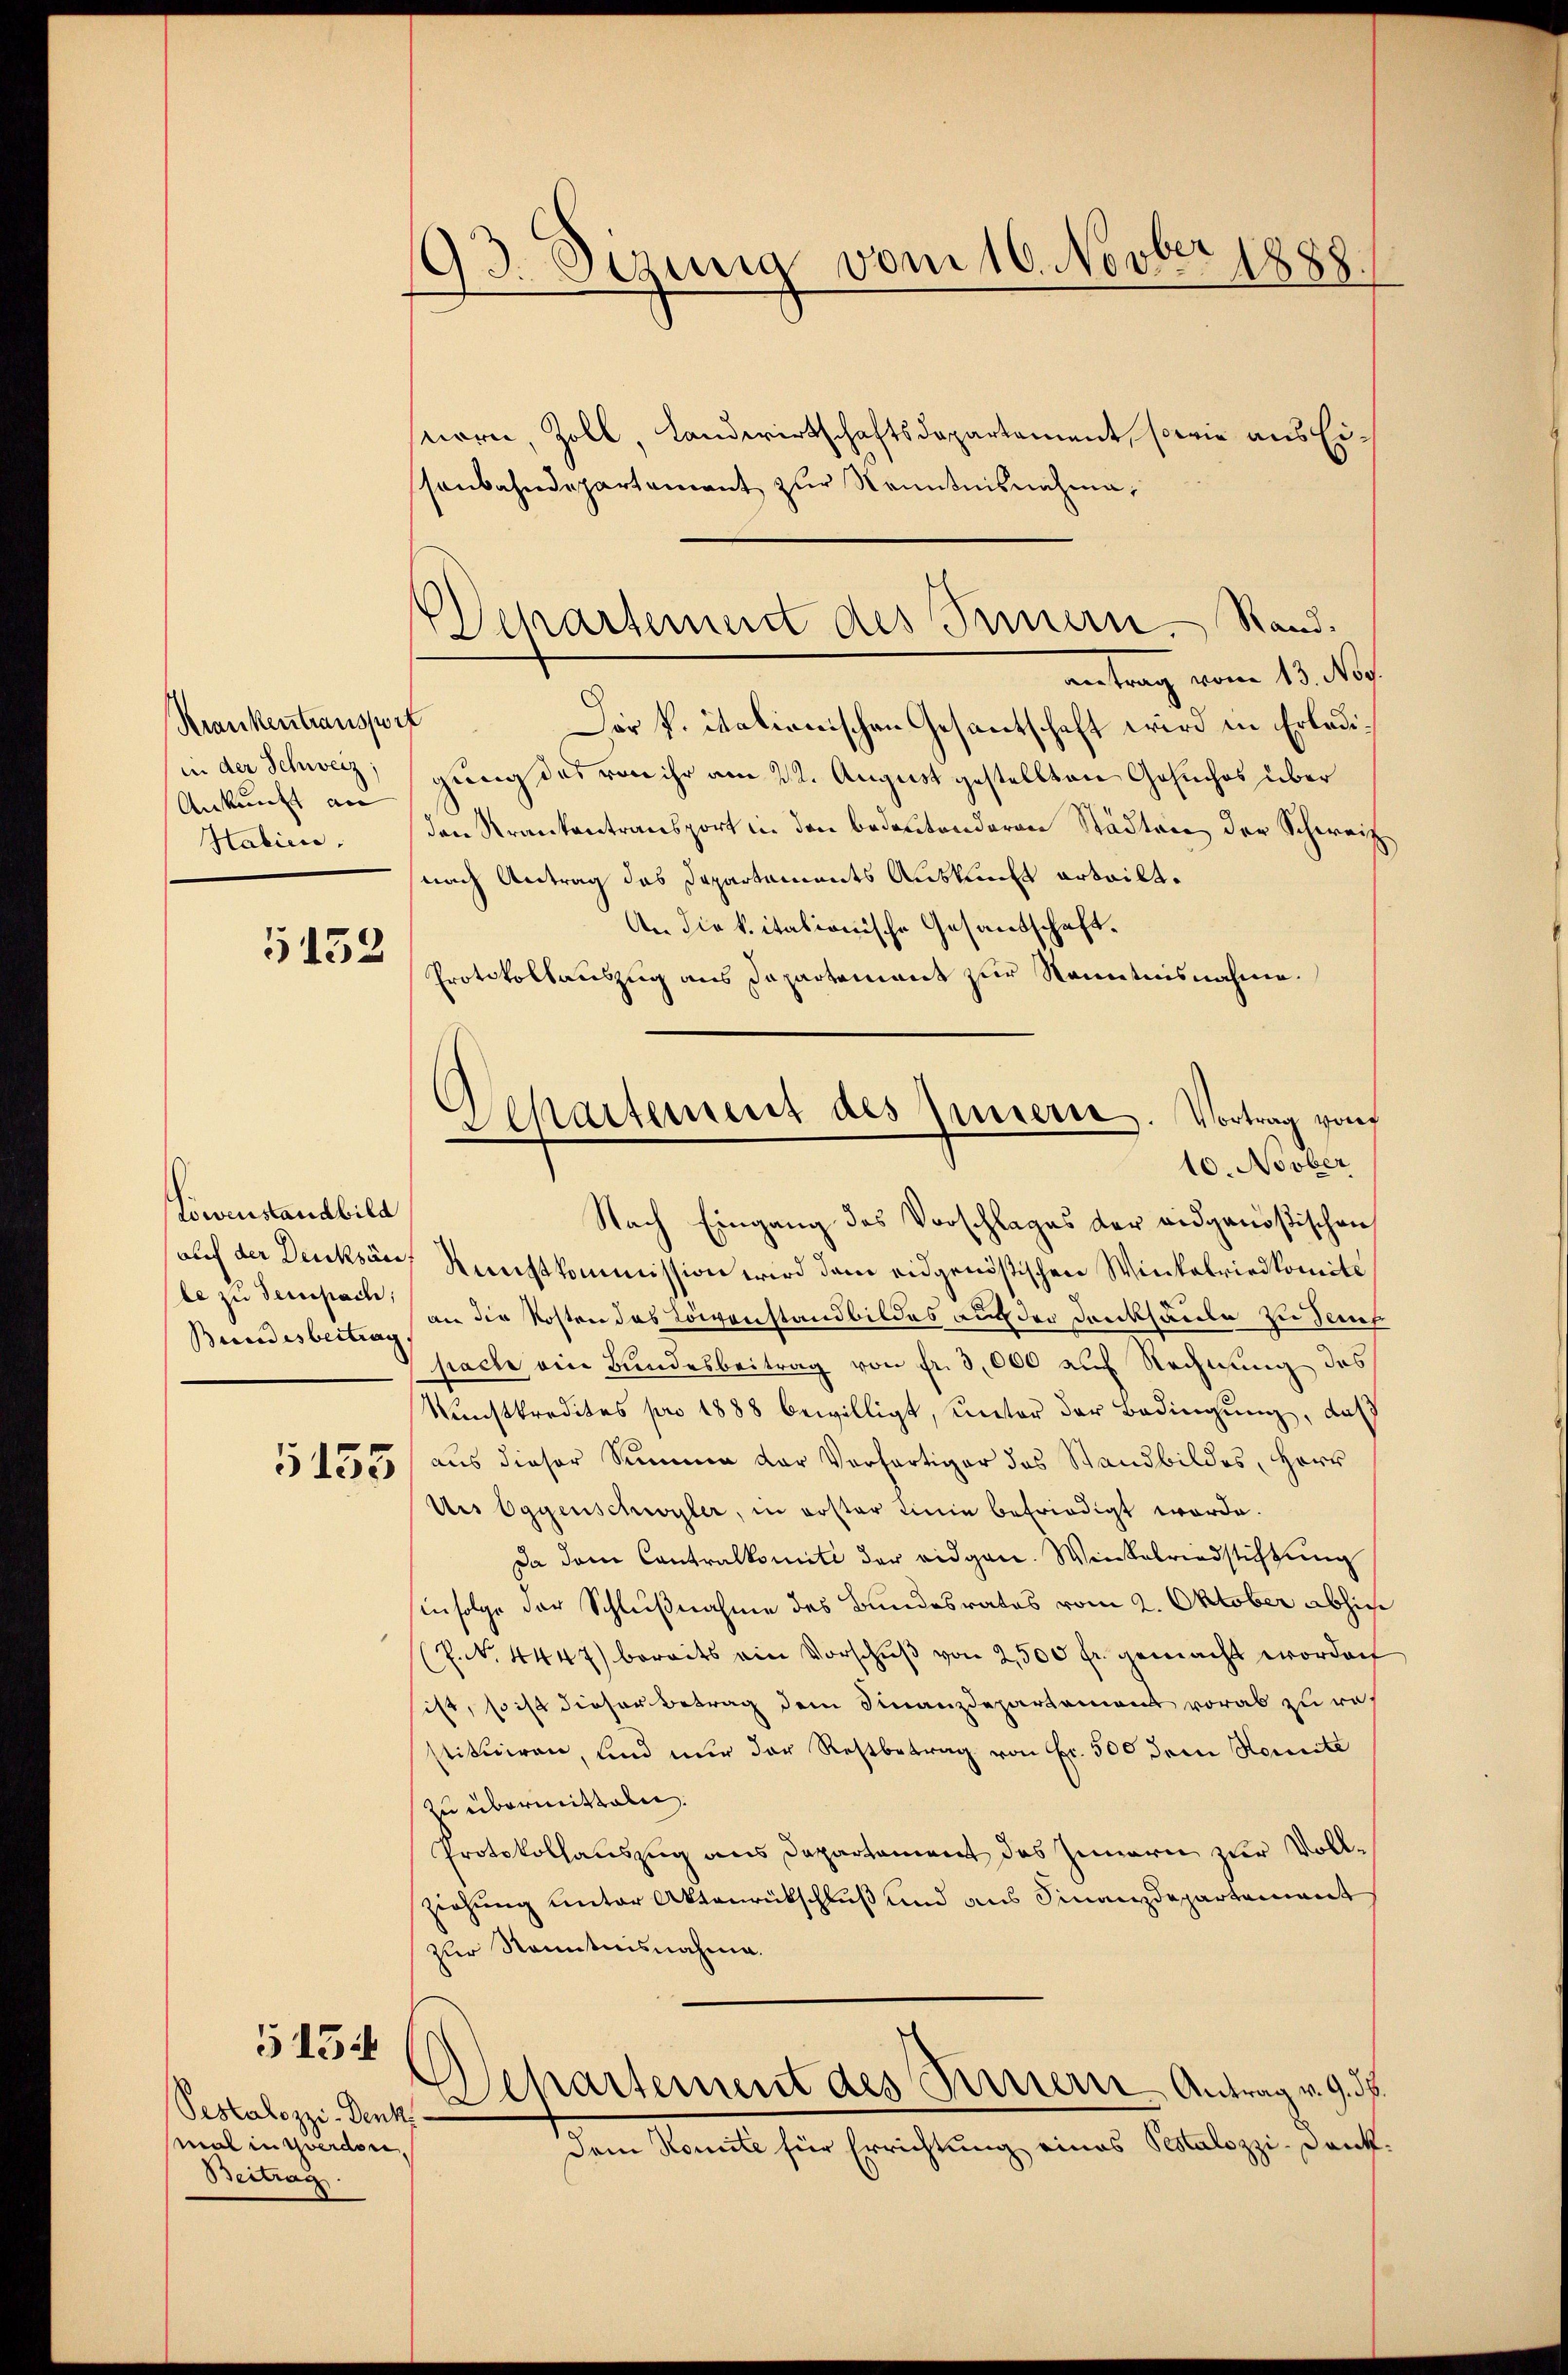
Krankentranspor
in der Schweiz,
Ankunft an
Habien.

5152

Löwenstandbild
auf der Denksäu
Bundesbeitrag

5155

5154

Pestalozzi-Denk
mal in werden
Beitrag

193. Sizung vom 16. Novber 1888

Separtement des Innern, Stand.

nern, Zoll, Landwirtschaftsdepartement, sowie aus Eissenbahndepartement zur Kenntnisnahme,
antrag vom 13. ds.
t
Der K. italionischen Gesantschaft wird in Erledigung das von ihr am 22. August gestellten Gesuches über
den Krankentransport in den bedeutenderen Städten der Schweiz.
nach Antrag das Departements Auskunft erteilt.
An die kitationische Gesandschaft.
Protokollauszug aus Dapartement zur Kenntnisnahme.
Nach Eingang des Vorschlages der eidgenößischen
Kunstkommission wird dem eidgenößischen Winkelriedkomite
ee zu Semesten an die Kosten das Löwenstand bildes auf der Danksäule zu Semes
pache ein Bundesbeitrag von fr. 3000 auf Rechnung des
Kunstkredites pro 1888 bewilligt, unter der Bedingung, daß
aus dieser Summe der Verfertiger des Standbildes, Herr
Ues Eggenschwyler, in erster Linie befriedigt werde.
Da dem Contralkomite der eidgen. Winkelriedstiftung
infolge der Schlußnahme des Bundesrates vom 2. Oktober abhin
P.N. 4447) bereits ein Vorschŭβ von 2500 fr. gemacht worden
ist, so ist dieser Betrag dem Finanzdepartement vorab zu rastituiren, und nur der Restbetrag von Fr. 500 dem Komite
zu übermitteln.
Protokollauszug aus Departament des Innern zur Vollziehung unter Aktenrückschluß und aus Finanzdepartement
zur Kenntnisnahme.
Departement des Fernern Antrag v. 9. d.
Dem Komite für Errichtung eines Pestalozzi-Dank¬

Separtement des Innerte. Vortrag von
10. Novber